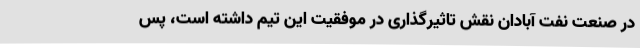
در صنعت نفت آبادان نقش تاثیرگذاری در موفقیت این تیم داشته است، پس